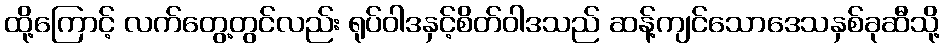
ထို့ကြောင့် လက်တွေ့တွင်လည်း ရုပ်ဝါဒနှင့်စိတ်ဝါဒသည် ဆန့်ကျင်သောဒေသနှစ်ခုဆီသို့